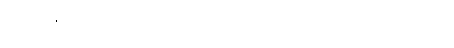
မရောက်နိုင်ခြင်း အင်္ဂါများကိုဟောသော အာတာပီသုတ်၊ ဣတိ-ပါ-၂၁၄၊ ဋ္ဌ-၁၀၀၊